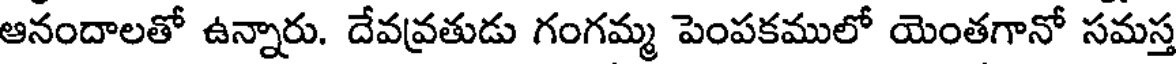
ఆనందాలతో ఉన్నారు. దేవవ్రతుడు గంగమ్మ పెంపకములో యెంతగానో సమస్త